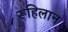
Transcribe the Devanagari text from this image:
रूहिलान